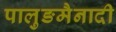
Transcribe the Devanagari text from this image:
पालुङमैनादी